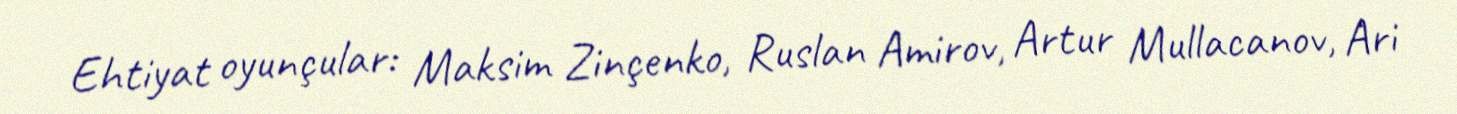
Ehtiyat oyunçular: Maksim Zinçenko, Ruslan Amirov, Artur Mullacanov, Ari